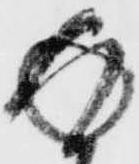
返